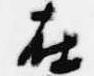
在